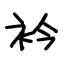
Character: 衿